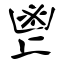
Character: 鬯